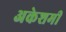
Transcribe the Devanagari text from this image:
अकेशमी